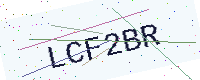
Text: LCF2BR